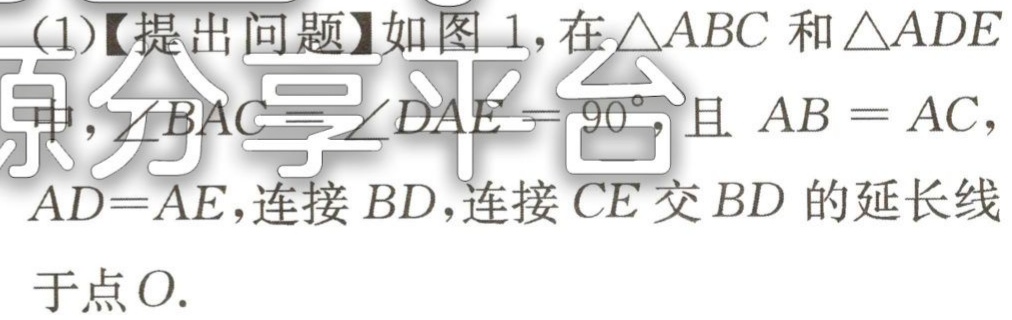
(1)【提出问题】如图1，在\(\triangle ABC\)和\(\triangle ADE\)中，\(\angle BAC = \angle DAE = 90^{\circ}\)，且\(AB = AC\)，\(AD = AE\)，连接\(BD\)，连接\(CE\)交\(BD\)的延长线于点\(O\).